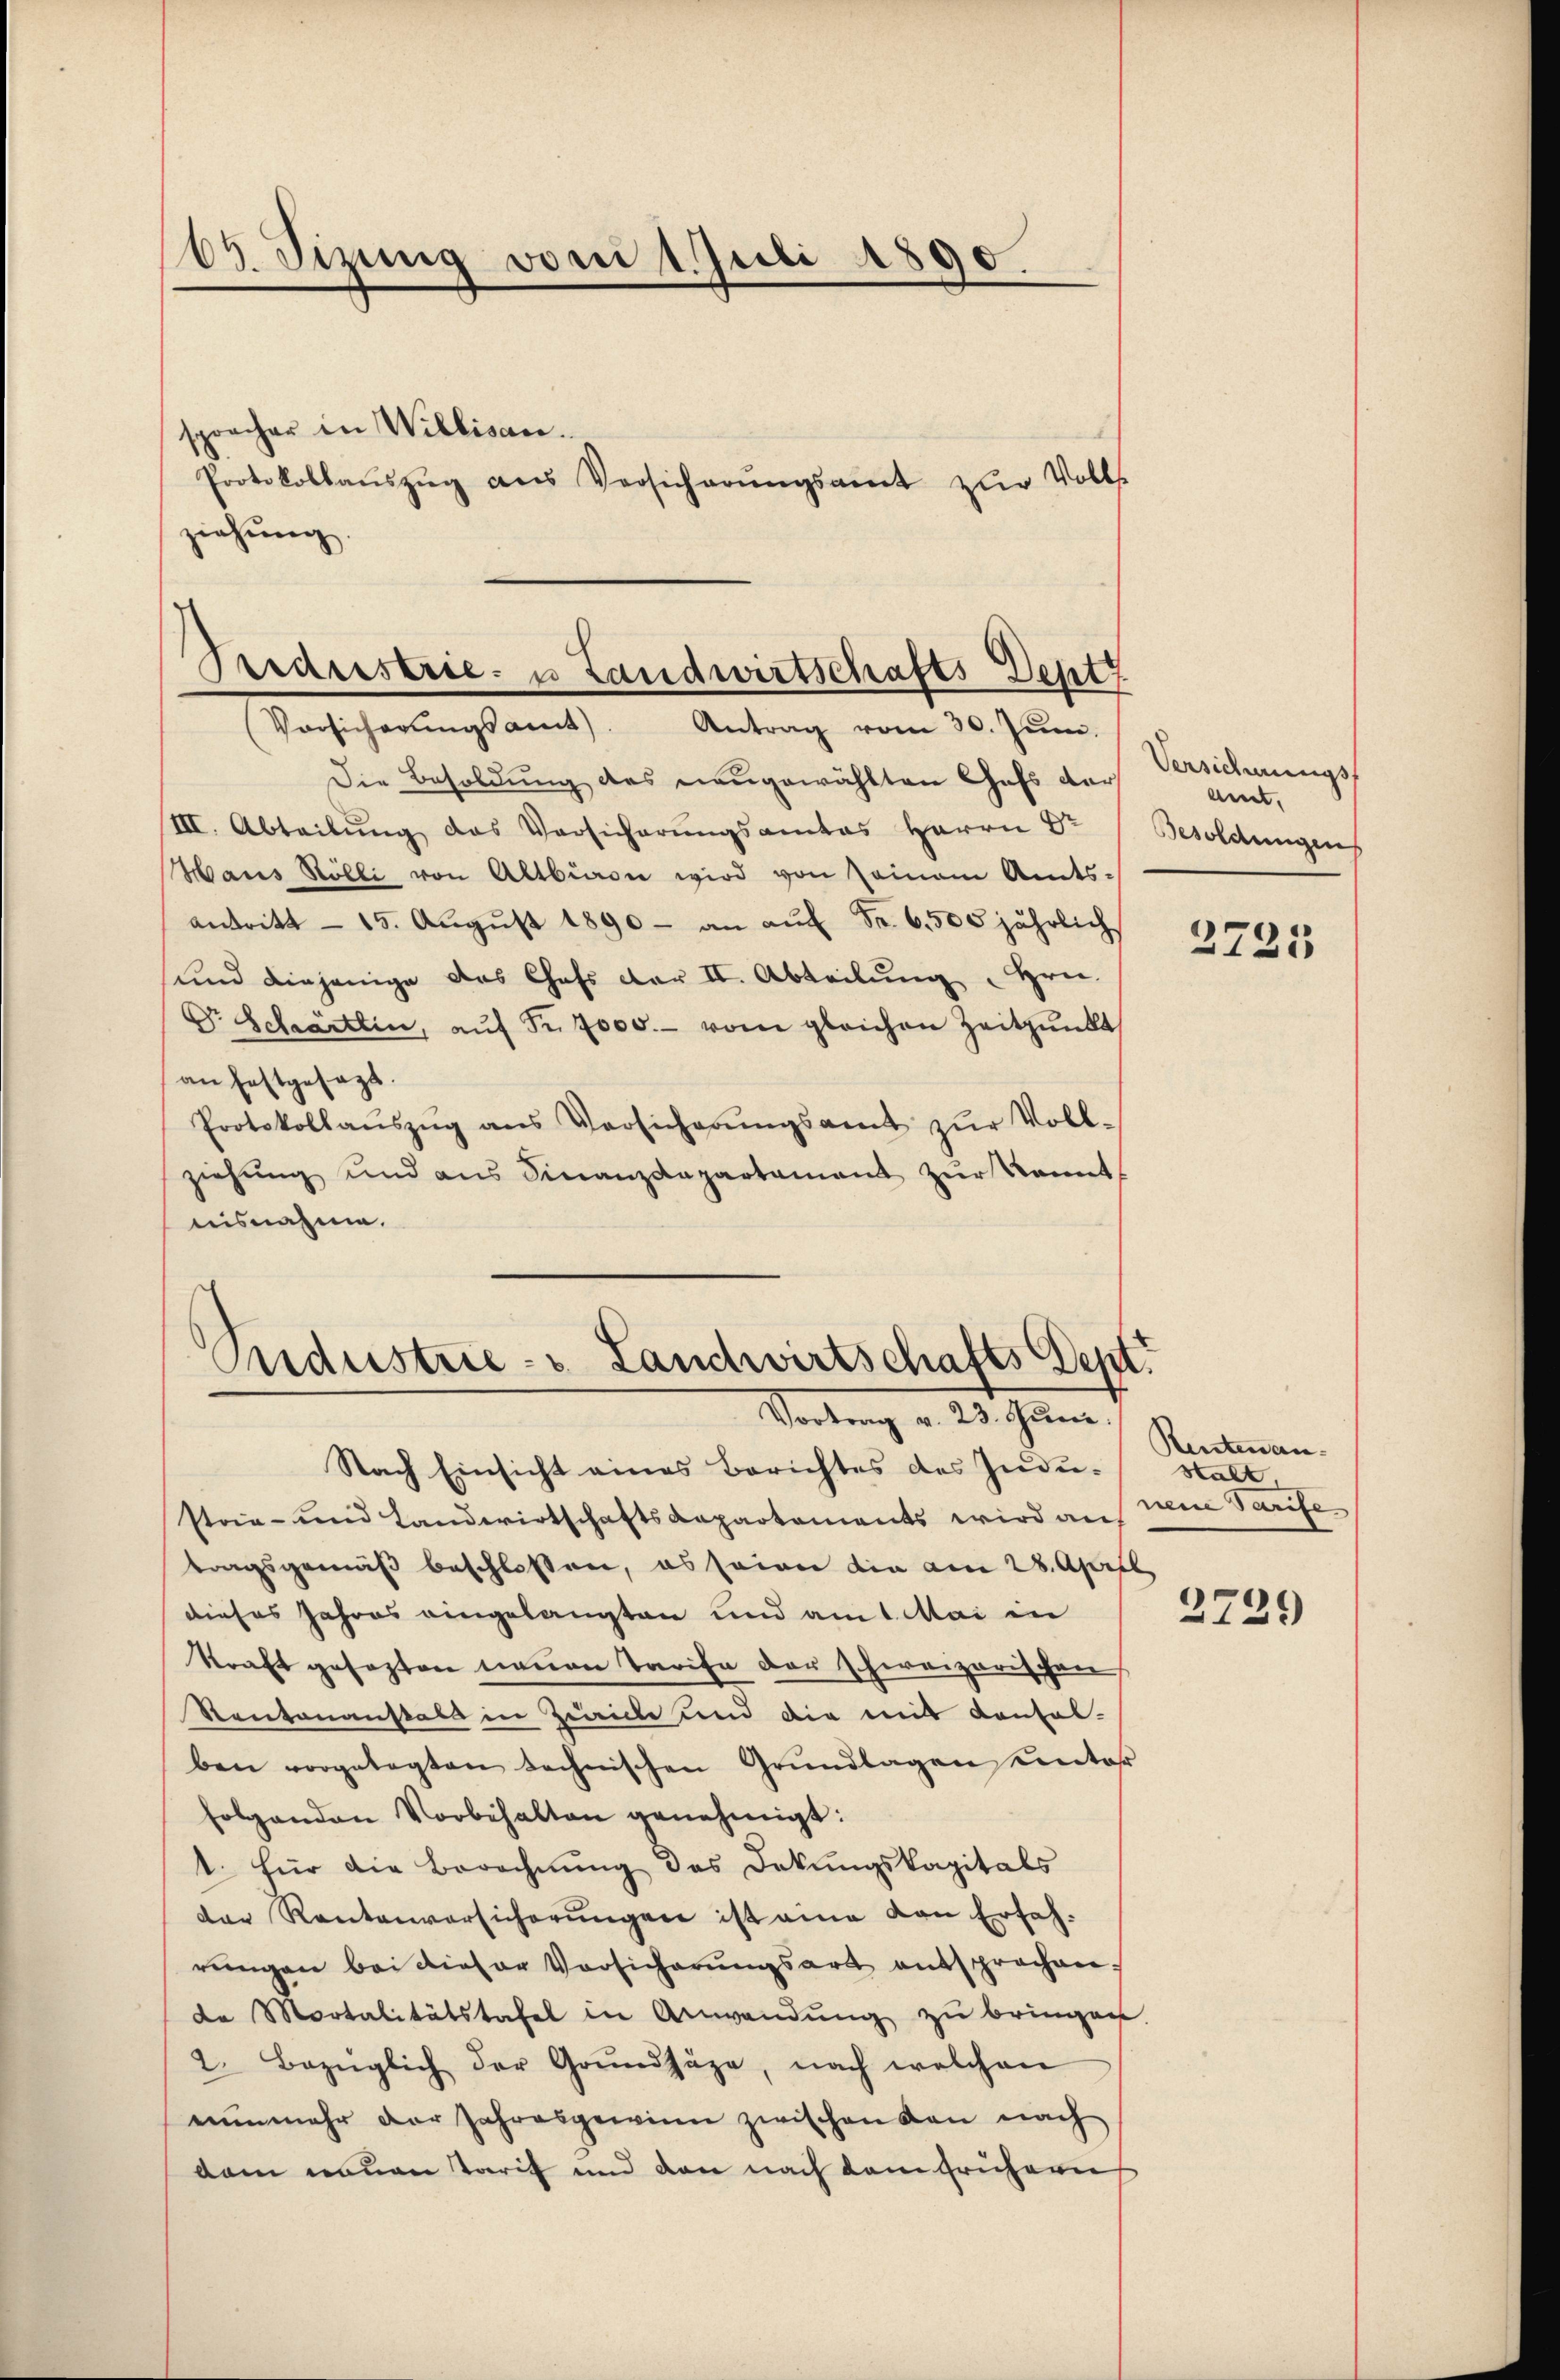
65. Sizung vom 1. Juli 1890.
spracher in Willisau.
Protokollaŭszŭg ans Versicherŭngsamt zŭr Volls
ziehung.

Trideestrie- u Landwirtschafts Deptz
Vorsicherŭngsamt). Antrag vom 30. Jŭni.

Andustrie- & Landwirtschafts Dept.
Vortrag v. 23. Juni.

Die Besoldung des neŭgewählten Gefs der
III. Abteilŭng das Versicherŭngsamtes Herrn Dr
Hans Rölli von Altbion wird von seinem Amtsantritt - 15. August 1890 - an auf Fr. 6500 jährlich
und diejenige das Chefs der II. Abteilung " Hrn.
Dr. Schärtlin, aŭf Fr. 7000.- vom gleichen Zeitpunkt
an festgesagt.
Protokollaŭszŭg ans Versicherŭngsamt zŭr Voll-
ziehung und ans Finanzdepartament zŭr kannt
aisnahme.

Nach Einsicht eines Berichtes des Industria- und Landwirtschaftsdepartements wird auf
tragsgemäß beschlossen, es seine die am 28. April
dieses Jahres eingelangten und am 1. Mai in
kraft gesezten neuen Tarife der schweizerischen
Kantonanstals in Zwicke und die mit Contal-
ben vorgelegten technischen Grŭndlagen unter
folgenden Vorbehalten genehmigt:
1. für die Berechnŭng des Dekŭngskapitals
der Rentenversicherŭngen ist eine von Erfahrŭngen bei dieser Vorsicherŭngsart entsprochen.
de Mortalitätstafel in Anwendung zu bringen.
2. Bezüglich der Grŭndhäze, nach welchen
nŭnmehr der Jahresgewinn zwischen kan nach
dam neuen Tarif und den nach dem frühern

Versicherungs-
amt.
Besoldungen,

2725

Rentenan¬
Halt
nene Tarife

2729